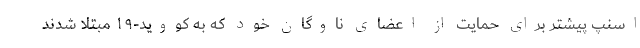
اسنپ پیشتر برای حمایت از اعضای ناوگان خود که به کووید-۱۹ مبتلا شدند